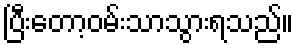
ပြီးတော့ဝမ်းသာသွားရသည်။